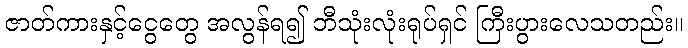
ဇာတ်ကားနှင့်ငွေတွေ အလွန်ရ၍ ဘီသုံးလုံးရုပ်ရှင် ကြီးပွားလေသတည်း။